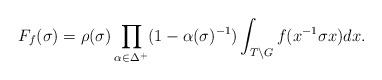
LaTeX: \begin{align*}F_f(\sigma) = \rho(\sigma) \prod_{\alpha \in \Delta^+} (1 - \alpha(\sigma)^{-1}) \int_{T \backslash G} f(x^{-1} \sigma x) dx.\end{align*}